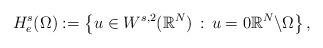
LaTeX: \begin{align*}H_{e}^{s}(\Omega) := \left\{ u \in W^{s,2}(\mathbb{R}^{N}) \, : \, u = 0 \mathbb{R}^{N}\backslash\Omega \right\},\end{align*}